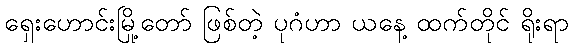
ရှေးဟောင်းမြို့တော် ဖြစ်တဲ့ ပုဂံဟာ ယနေ့ ထက်တိုင် ရိုးရာ